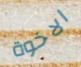
الاخوة